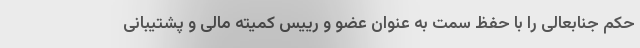
حکم جنابعالی را با حفظ سمت به عنوان عضو و رییس کمیته مالی و پشتیبانی